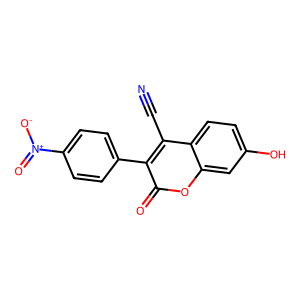
SMILES: N#Cc1c(-c2ccc([N+](=O)[O-])cc2)c(=O)oc2cc(O)ccc12
Inhibits HIV replication: No